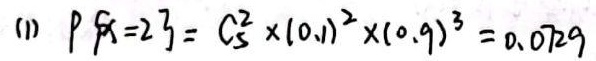
(1) $P\{X = 2\} = C_{5}^{2}\times(0.1)^{2}\times(0.9)^{3}=0.0729$